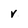
Character: v